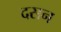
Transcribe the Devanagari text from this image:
दसन